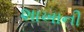
શાખાની